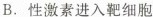
B.性激素进入靶细胞